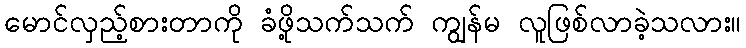
မောင်လှည့်စားတာကို ခံဖို့သက်သက် ကျွန်မ လူဖြစ်လာခဲ့သလား။